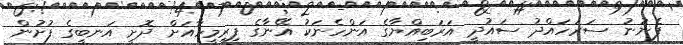
ފެނުނު ސަރަހައްދު ސައުދީ އަރަބިއްޔާގެ އަންހެނަކު އޭނާގެ ފިރިމީހާއަށް ދޮށީ އަނބީގެ ފުށުން